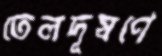
তেলদূষণে